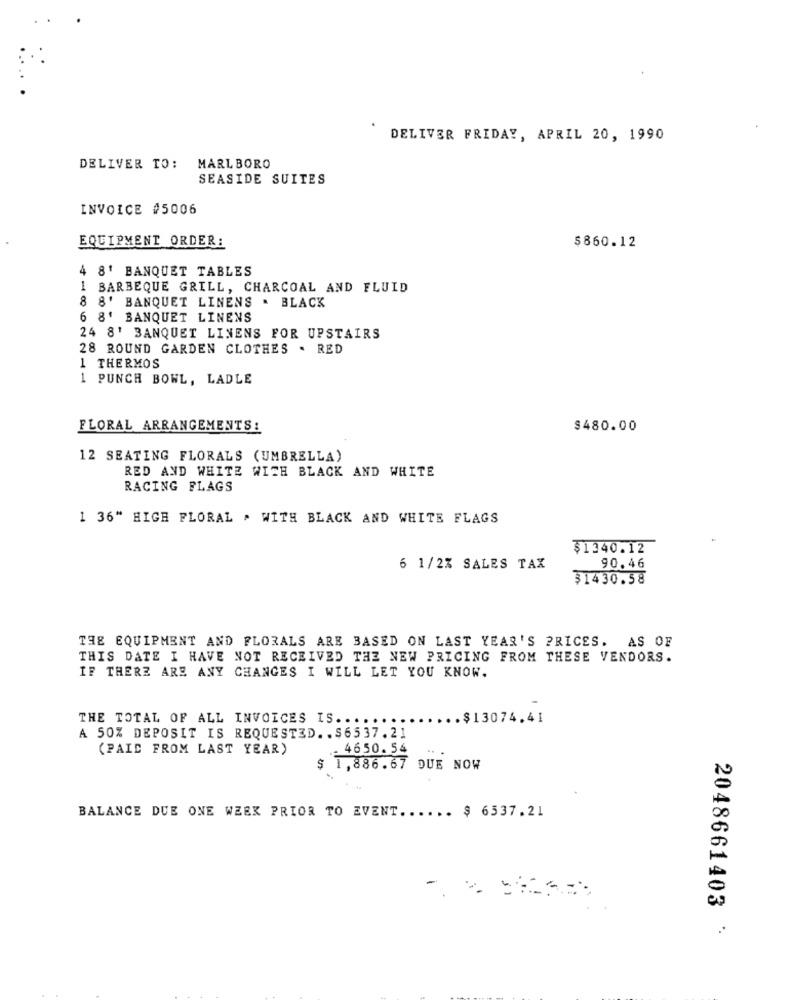
DELIVER FRIDAY, APRIL 20, 1990
DELIVER TO: MARLBORO
SEASIDE SUITES
INVOICE #5006
EQUIPMENT ORDER:
$860.12
4 81 BANQUET TABLES
1 BARBEQUE GRILL, CHARCOAL AND FLUID
8 8' BANQUET LINENS . BLACK
6 8' BANQUET LINENS
24 8' BANQUET LINENS FOR UPSTAIRS
28 ROUND GARDEN CLOTHES . RED
1 THERMOS
1 PUNCH BOWL, LADLE
FLORAL ARRANGEMENTS:
$480.00
12 SEATING FLORALS (UMBRELLA)
RED AND WHITE WITH BLACK AND WHITE
RACING FLAGS
1 36" HIGH FLORAL . WITH BLACK AND WHITE FLAGS
$1340.12
6 1/2% SALES TAX
90.46
31430.58
THE EQUIPMENT AND FLORALS ARE BASED ON LAST YEAR'S PRICES. AS OF
THIS DATE I HAVE NOT RECEIVED THE NEW PRICING FROM THESE VENDORS.
IF THERE ARE ANY CHANGES I WILL LET YOU KNOW.
THE TOTAL OF ALL INVOICES IS ..
.$13074.41
A 50% DEPOSIT IS REQUESTED .. $6537.21
(PAID FROM LAST YEAR)
. 4650. 54
$ 1,886.67 DUE NOW
BALANCE DUE ONE WEEK PRIOR TO EVENT ...... $ 6537.21
2048661403
..